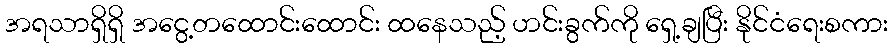
အရသာရှိရှိ အငွေ့တထောင်းထောင်း ထနေသည့် ဟင်းခွက်ကို ရှေ့ချပြီး နိုင်ငံရေးစကား